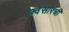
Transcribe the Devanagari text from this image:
क्वेसारची